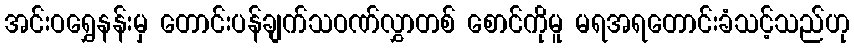
အင်းဝရွှေနန်းမှ တောင်းပန်ချက်သဝဏ်လွှာတစ် စောင်ကိုမူ မရအရတောင်းခံသင့်သည်ဟု